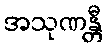
အသုဏန္တီ